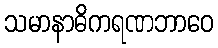
သမာနာဓိကရဏဘာဝေ